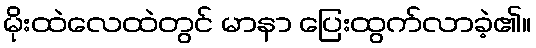
မိုးထဲလေထဲတွင် မာနာ ပြေးထွက်လာခဲ့၏။